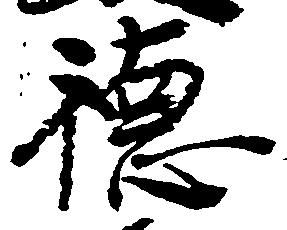
徳